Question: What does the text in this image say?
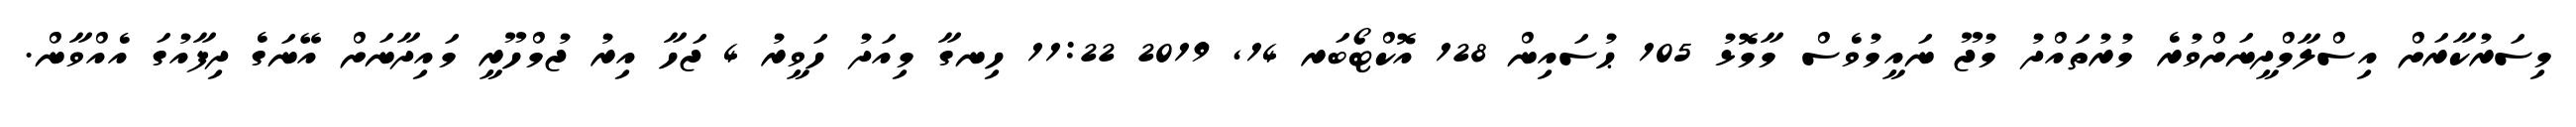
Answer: މިސަރުކާރަށް އިސްލާމްދީނަށްވުރެ މުރުތައްދު މުޖޫ ނައީމުވެސް މާމޮޅު 105 ޙުސައިން 128 އޮކްޓޯބަރ 14, 2019 11:22 ހިނގާ މިއަދު ހަވީރު 4 ޖަހާ އިރު ޖުމްހޫރީ މައިދާނަށް އޭނަގެ ދިފާއުގަ އެއްވާން.